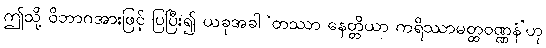
ဤသို့ ဝိဘာဂအားဖြင့် ပြပြီး၍ ယခုအခါ ‘တဿာ နေတ္တိယာ ကရိဿာမတ္ထဝဏ္ဏနံ’ဟု